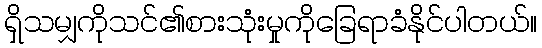
ရှိသမျှကိုသင်၏စားသုံးမှုကိုခြေရာခံနိုင်ပါတယ်။